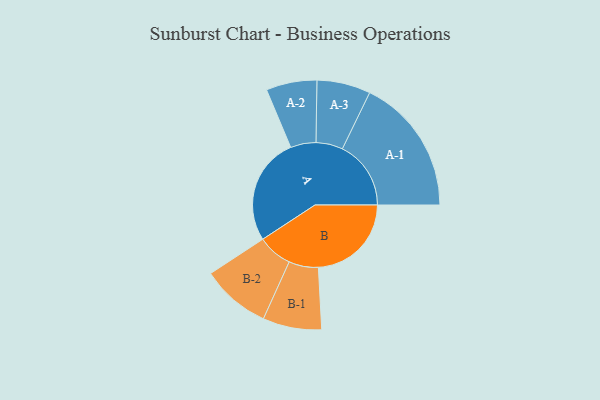
{"axis": {"x": "Segment", "y": "Value"}, "legend": ["", "A", "B"], "data": [{"x": "A", "y": 453, "type": ""}, {"x": "B", "y": 392, "type": ""}, {"x": "A-1", "y": 289, "type": "A"}, {"x": "A-2", "y": 107, "type": "A"}, {"x": "A-3", "y": 113, "type": "A"}, {"x": "B-1", "y": 124, "type": "B"}, {"x": "B-2", "y": 146, "type": "B"}]}